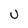
Character: U